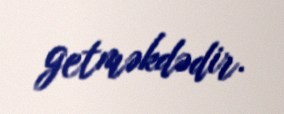
getməkdədir.